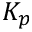
K _ { p }